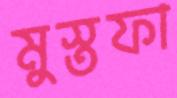
মুস্তফা